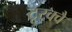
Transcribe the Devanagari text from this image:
टूरक्वै